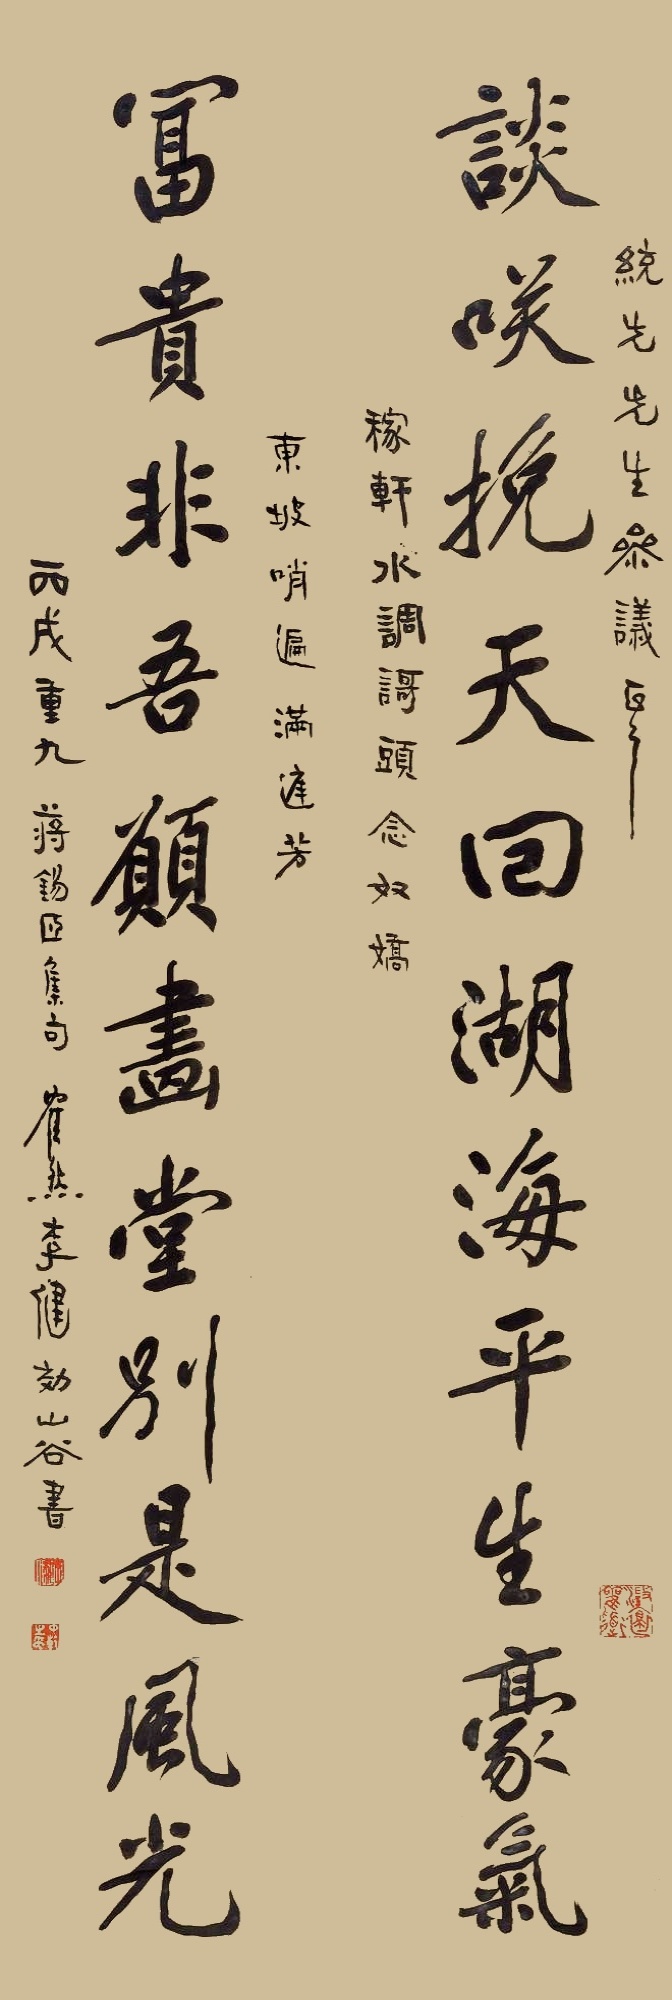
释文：谈笑挽天回湖海平生豪气，富贵非吾愿画堂别是风光。统先生参议正之。稼轩《水调歌头》《念奴娇》、东坡《哨遍》《满庭芳》。丙戌重九，蒋锡臣集句，鹤然李健效山谷书。